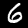
Digit: 6